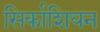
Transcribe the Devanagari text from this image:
सिर्काशियन